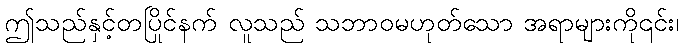
ဤသည်နှင့်တပြိုင်နက် လူသည် သဘာဝမဟုတ်သော အရာများကို၎င်း၊